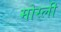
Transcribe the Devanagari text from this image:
मोस्ली